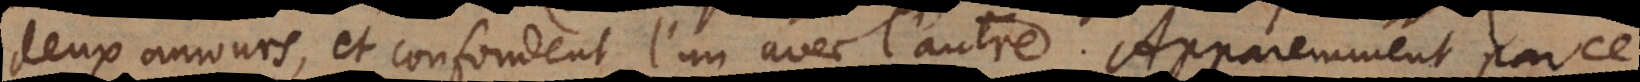
deux amours, et confondent l’un avec l’autre: apparemment parce